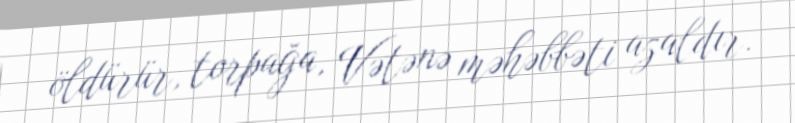
öldürür, torpağa, Vətənə məhəbbəti azaldır.